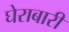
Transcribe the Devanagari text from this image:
घेराबारी